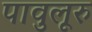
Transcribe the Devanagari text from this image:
पावुलूरु